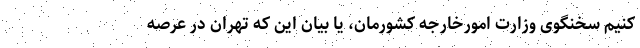
کنیم سخنگوی وزارت امورخارجه کشورمان، یا بیان این که تهران در عرصه